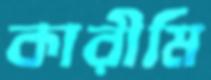
কারীমি